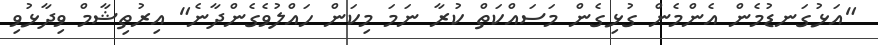
"އަޅުގަނޑުމެން އެންމެން ގުޅިގެން މަސައްކަތް ކުރާ ނަމަ މިކަން ހައްލުވެގެންދާނެ" އިރުތިޝާމް ވިދާޅުވި